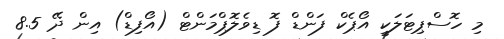
މި ހޮސްޕިޓަލަކީ އޯޕެކް ފަންޑް ފޮ ޑިވެލޮޕްމަންޓް (އޯފިޑް) އިން ދޭ 8.5